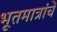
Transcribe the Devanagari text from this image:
भूतमात्रांचें